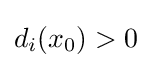
d_{i}(x_{0})>0